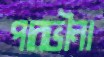
পারভীনা